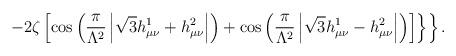
LaTeX: \begin{align*}\left.\left.-2\zeta\left[\cos\left(\frac{\pi}{\Lambda^2}\left|\sqrt{3}h_{\mu\nu}^1+h_{\mu\nu}^2\right|\right)+ \cos\left(\frac{\pi}{\Lambda^2}\left|\sqrt{3}h_{\mu\nu}^1-h_{\mu\nu}^2\right|\right)\right]\right\}\right\}.\end{align*}